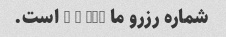
شماره رزرو ما j - 221 است.